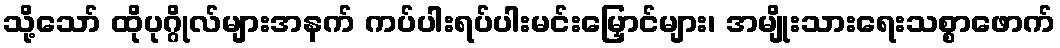
သို့သော် ထိုပုဂ္ဂိုလ်များအနက် ကပ်ပါးရပ်ပါးမင်းမြှောင်များ၊ အမျိုးသားရေးသစ္စာဖောက်